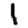
Digit: 1